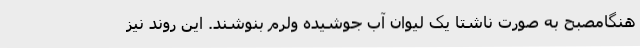
هنگامصبح به صورت ناشتا یک لیوان آب جوشیده ولرم بنوشند. این روند نیز